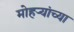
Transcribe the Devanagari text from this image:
मोहऱ्यांच्या